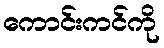
ကောင်းကင်ကို